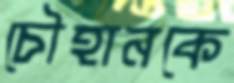
চৌহানকে